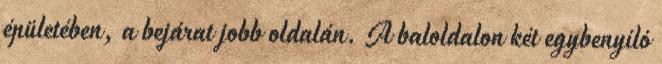
épületében, a bejárat jobb oldalán. A baloldalon két egybenyíló